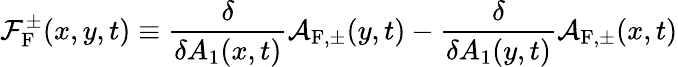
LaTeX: {\cal F}_{\mathrm{F}}^{\pm}(x,y,t)\equiv\frac{\delta}{\delta A_{1}(x,t)}{\cal A}_{\mathrm{F},\pm}(y,t)-\frac{\delta}{\delta A_{1}(y,t)}{\cal A}_{\mathrm{F},\pm}(x,t)